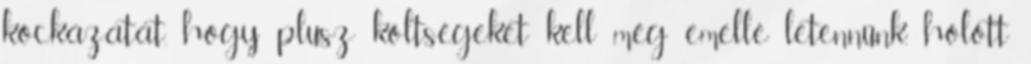
kockázatát, hogy plusz költségeket kell még emellé letennünk, holott